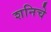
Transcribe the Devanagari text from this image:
शनिचे